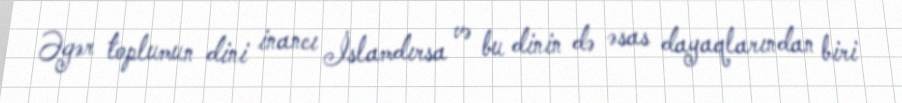
Əgər toplumun dini inancı İslamdırsa və bu dinin də əsas dayaqlarından biri